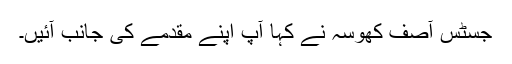
جسٹس آصف کھوسہ نے کہا آپ اپنے مقدمے کی جانب آئیں۔